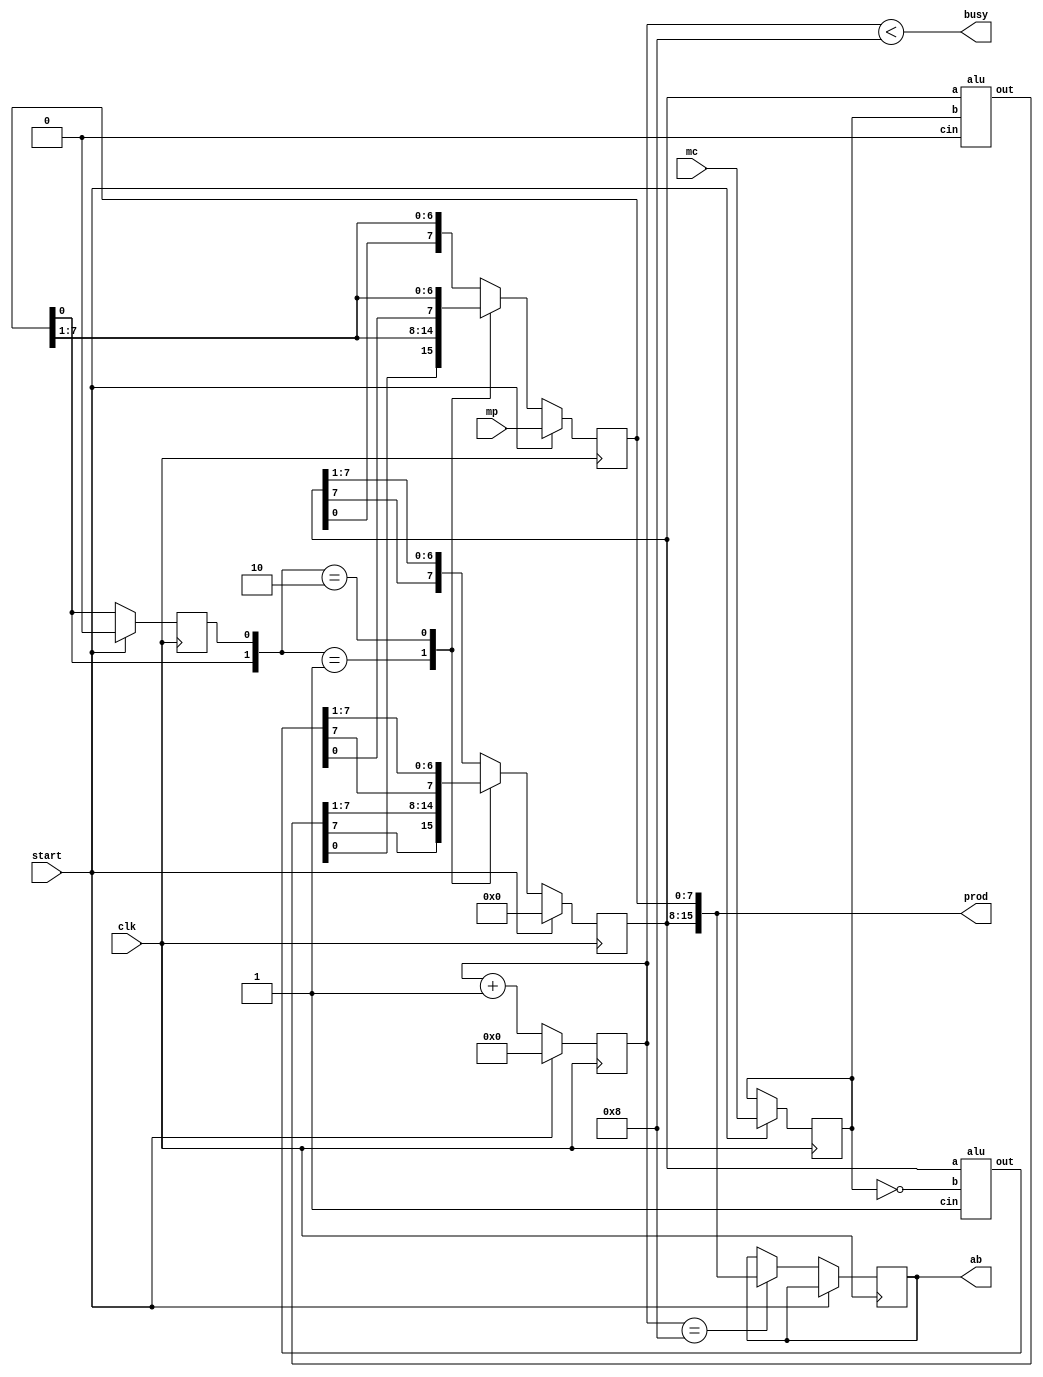
// http://www.docstoc.com/docs/68290539/verilog-code-for-module-multiplier

module BoothMult(output reg [15:0] ab, output [15:0] prod, output busy, input [7:0] mc, mp, input clk, start);
reg [7:0] A, Q, M;
reg Q_1;
reg [3:0] count;
wire [7:0] sum, diff;

always @(posedge clk) begin
   if (start) begin
      A <= 8'b0;      
      M <= mc;
      Q <= mp;
      Q_1 <= 1'b0;      
      count <= 4'b0;
   end
   else begin
      case ({Q[0], Q_1})
         2'b0_1 : {A, Q, Q_1} <= {sum[7], sum, Q};
         2'b1_0 : {A, Q, Q_1} <= {diff[7], diff, Q};
         default: {A, Q, Q_1} <= {A[7], A, Q};
      endcase
      count <= count + 1'b1;
	  if (count == 8)
	    ab = {A, Q};
   end
end

alu adder(sum, A, M, 1'b0);
alu suber(diff, A, ~M, 1'b1);
assign prod = {A, Q};
assign busy = (count < 8);

endmodule

module alu(out, a, b, cin);
output [7:0] out;
input [7:0] a;
input [7:0] b;
input cin;
assign out = a + b + cin;
endmodule

module testbench;
reg clk, start;
reg [7:0] a, b;
wire [15:0] ab, prod;
wire busy;

BoothMult mult(ab, prod, busy, a, b, clk, start);

initial begin
  clk = 0;
  a = 30; b = 13; start = 1; 
  #100;
  start = 0;
  #100;
  $finish;
end

always #5 clk = !clk;
always @(posedge clk) $strobe("%dns : ab=%d prod=%d busy=%d", $stime, ab, prod, busy);

endmodule